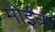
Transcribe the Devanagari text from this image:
मोईत्रा